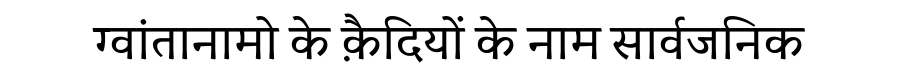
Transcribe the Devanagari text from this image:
ग्वांतानामो के क़ैदियों के नाम सार्वजनिक